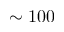
\sim 1 0 0